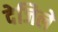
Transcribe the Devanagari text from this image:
देजिले